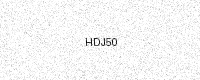
Text: HDJ50